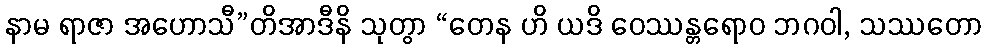
နာမ ရာဇာ အဟောသီ”တိအာဒီနိ သုတွာ “တေန ဟိ ယဒိ ဝေဿန္တရောဝ ဘဂဝါ, သဿတော